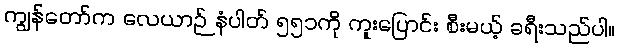
ကျွန်တော်က လေယာဉ် နံပါတ် ၅၅၁ကို ကူးပြောင်း စီးမယ့် ခရီးသည်ပါ။